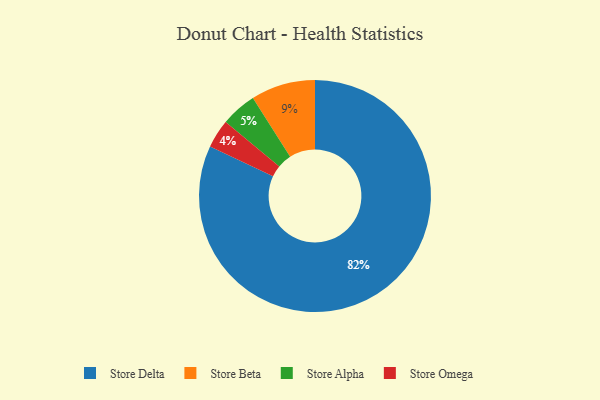
{"axis": {"x": "Category", "y": "Percentage"}, "legend": ["Store Alpha", "Store Beta", "Store Delta", "Store Omega"], "data": [{"x": "Store Alpha", "y": 5, "type": "Store Alpha"}, {"x": "Store Delta", "y": 82, "type": "Store Delta"}, {"x": "Store Beta", "y": 9, "type": "Store Beta"}, {"x": "Store Omega", "y": 4, "type": "Store Omega"}]}